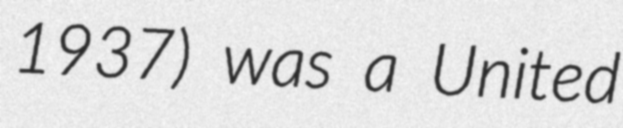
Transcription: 1937) was a United